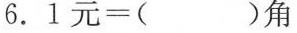
$$6 . 1 元 = ( ) 角$$